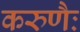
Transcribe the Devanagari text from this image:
करुणैः